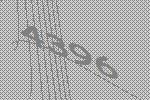
4396